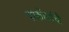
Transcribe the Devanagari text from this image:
परकीयांची